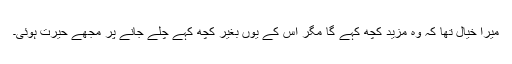
میرا خیال تھا کہ وہ مزید کچھ کہے گا مگر اس کے یوں بغیر کچھ کہے چلے جانے پر مجھے حیرت ہوئی۔